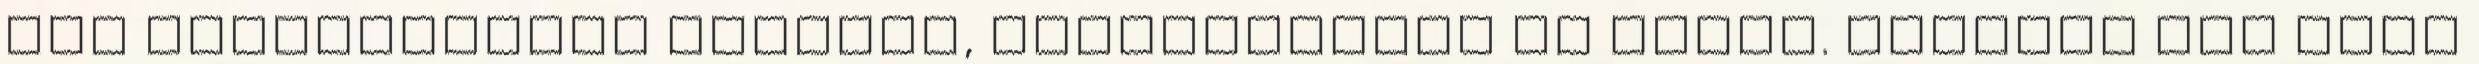
túl szemléletmód váltást, megerősítést is adott. Ezentúl nem csak